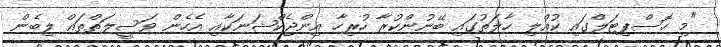
"މި ހޮސްޕިޓަލްގައި ކުއްލި ހާލަތުގައި ބޭނުންކުރާ ހުރިހާ އިންޖެކްޝަނަކާއި އެހެން ވަސީލަތްތައް ލިބެން